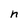
Character: n